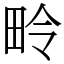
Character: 𪽏